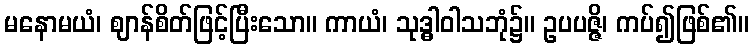
မနောမယံ၊ ဈာန်စိတ်ဖြင့်ပြီးသော။ ကာယံ၊ သုဒ္ဓါဝါသဘုံ၌။ ဥပပဇ္ဇိ၊ ကပ်၍ဖြစ်၏။